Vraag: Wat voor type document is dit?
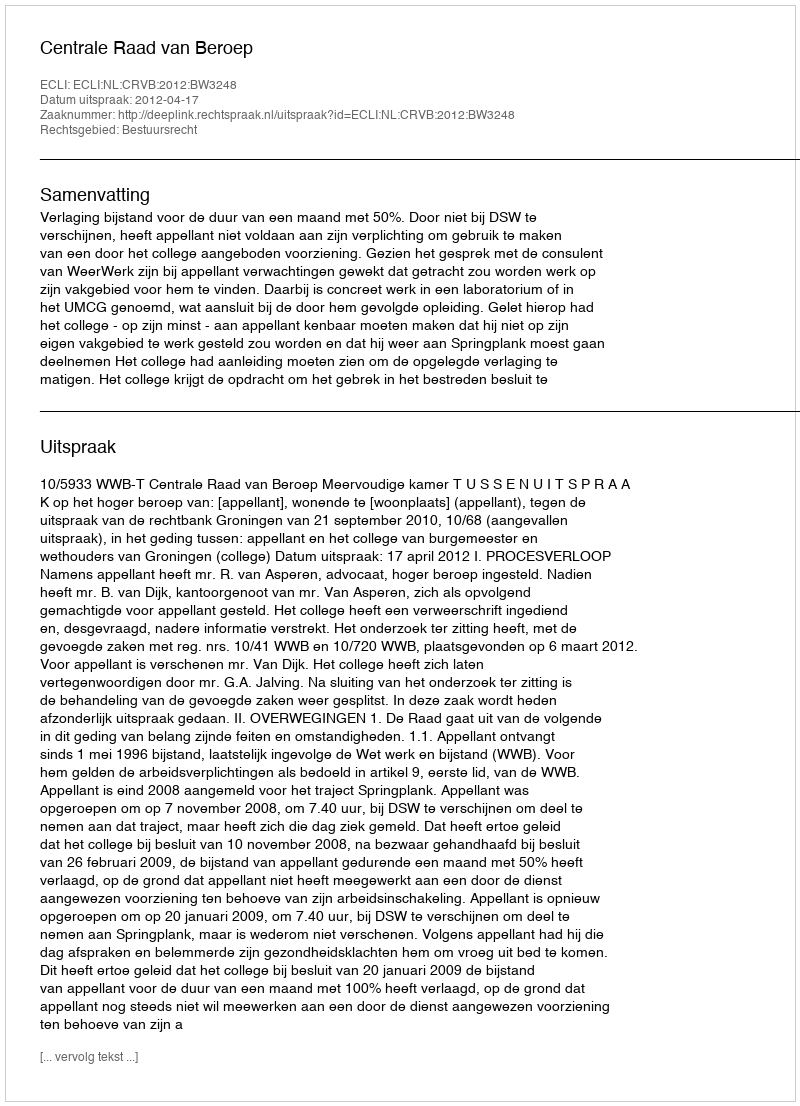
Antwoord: Uitspraak